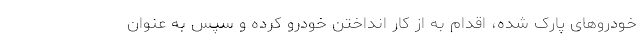
خودروهای پارک شده، اقدام به از کار انداختن خودرو کرده و سپس به عنوان